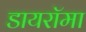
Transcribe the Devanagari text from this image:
डायरॉमा